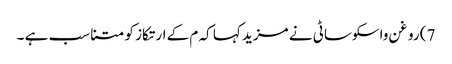
7) روغن واسکوساٹی نے مزید کہا کہ م کے ارتکاز کو متناسب ہے ۔